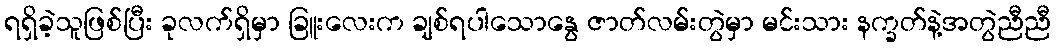
ရရှိခဲ့သူဖြစ်ပြီး ခုလက်ရှိမှာ ခြူးလေးက ချစ်ရပါသောနွေ ဇာတ်လမ်းတွဲမှာ မင်းသား နက္ခတ်နဲ့အတွဲညီညီ